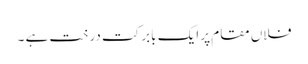
فلاں مقام پر ایک بابرکت درخت ہے ۔